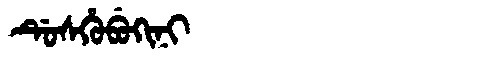
Manchu: ᡩᡠᠰᡥᡠᠪᡠᡴᡳᠨᡳ
Romanization: DUSHUBUKINI